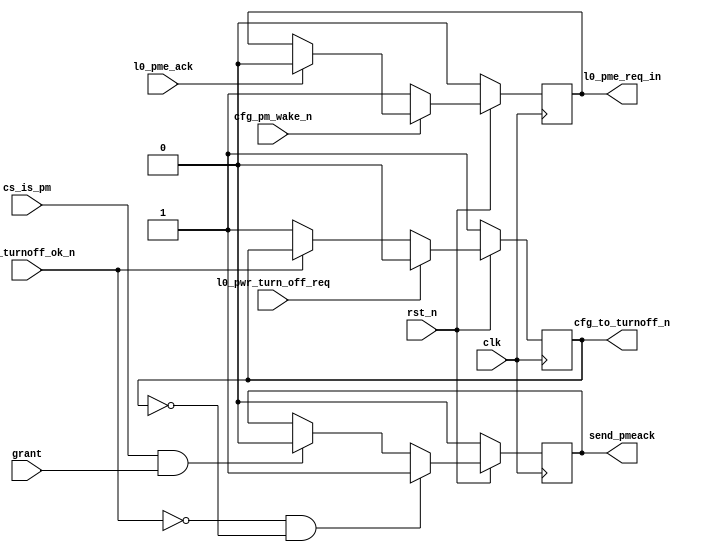

//-----------------------------------------------------------------------------
//
// (c) Copyright 2009-2010 Xilinx, Inc. All rights reserved.
//
// This file contains confidential and proprietary information
// of Xilinx, Inc. and is protected under U.S. and
// international copyright and other intellectual property
// laws.
//
// DISCLAIMER
// This disclaimer is not a license and does not grant any
// rights to the materials distributed herewith. Except as
// otherwise provided in a valid license issued to you by
// Xilinx, and to the maximum extent permitted by applicable
// law: (1) THESE MATERIALS ARE MADE AVAILABLE "AS IS" AND
// WITH ALL FAULTS, AND XILINX HEREBY DISCLAIMS ALL WARRANTIES
// AND CONDITIONS, EXPRESS, IMPLIED, OR STATUTORY, INCLUDING
// BUT NOT LIMITED TO WARRANTIES OF MERCHANTABILITY, NON-
// INFRINGEMENT, OR FITNESS FOR ANY PARTICULAR PURPOSE; and
// (2) Xilinx shall not be liable (whether in contract or tort,
// including negligence, or under any other theory of
// liability) for any loss or damage of any kind or nature
// related to, arising under or in connection with these
// materials, including for any direct, or any indirect,
// special, incidental, or consequential loss or damage
// (including loss of data, profits, goodwill, or any type of
// loss or damage suffered as a result of any action brought
// by a third party) even if such damage or loss was
// reasonably foreseeable or Xilinx had been advised of the
// possibility of the same.
//
// CRITICAL APPLICATIONS
// Xilinx products are not designed or intended to be fail-
// safe, or for use in any application requiring fail-safe
// performance, such as life-support or safety devices or
// systems, Class III medical devices, nuclear facilities,
// applications related to the deployment of airbags, or any
// other applications that could lead to death, personal
// injury, or severe property or environmental damage
// (individually and collectively, "Critical
// Applications"). Customer assumes the sole risk and
// liability of any use of Xilinx products in Critical
// Applications, subject only to applicable laws and
// regulations governing limitations on product liability.
//
// THIS COPYRIGHT NOTICE AND DISCLAIMER MUST BE RETAINED AS
// PART OF THIS FILE AT ALL TIMES.
//
//-----------------------------------------------------------------------------
// Project    : V5-Block Plus for PCI Express
//--------------------------------------------------------------------------------
//--------------------------------------------------------------------------------
//--
//-- Description: PCIe Block Power Management Interface
//--
//--             
//--
//--------------------------------------------------------------------------------

`timescale 1ns/1ns
`ifndef TCQ
 `define TCQ 1
`endif

module pcie_blk_cf_pwr
(
       // Clock and reset

       input              clk,
       input              rst_n,

       // User Interface Power Management Ports
       
       input              cfg_turnoff_ok_n,
       output reg         cfg_to_turnoff_n,

       input              cfg_pm_wake_n,


       // PCIe Block Power Management Ports

       input              l0_pwr_turn_off_req,

       output reg         l0_pme_req_in,
       input              l0_pme_ack,

       // Interface to arbiter
       output reg         send_pmeack,
       input              cs_is_pm,
       input              grant
); 

always @(posedge clk)
begin
  if (~rst_n) begin
    cfg_to_turnoff_n    <= #`TCQ 1;
    send_pmeack         <= #`TCQ 0;
    l0_pme_req_in       <= #`TCQ 0;
  end else begin
    //PME Turn Off message rec'd; inform user
    if (l0_pwr_turn_off_req)
      cfg_to_turnoff_n    <= #`TCQ 0;
    else if (~cfg_turnoff_ok_n)
      cfg_to_turnoff_n    <= #`TCQ 1;
    //User issues PME To ACK
    if (~cfg_turnoff_ok_n && ~cfg_to_turnoff_n)
      send_pmeack         <= #`TCQ 1;
    else if (cs_is_pm && grant)
      send_pmeack         <= #`TCQ 0;
    //Send a PM PME message
    if (~cfg_pm_wake_n)
      l0_pme_req_in       <= #`TCQ 1;
    else if (l0_pme_ack)
      l0_pme_req_in       <= #`TCQ 0;
  end
end

endmodule // pcie_blk_cf_pwr